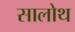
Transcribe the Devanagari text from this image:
सालोथ